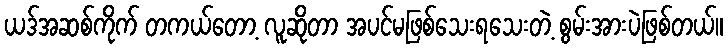
ယဒ်အဆစ်ကိုက် တကယ်တော့ လူဆိုတာ အပင်မဖြစ်သေးရသေးတဲ့ စွမ်းအားပဲဖြစ်တယ်။